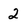
Character: 2